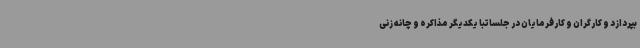
بپردازد و کارگران و کارفرمایان در جلساتبا یکدیگر مذاکره و چانه زنی